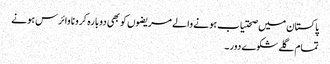
پاکستان میں صحتیاب ہونے والے مریضوں کو بھی دوبارہ کرونا وائرس ہونے
تمام گلے شکوے دور ۔